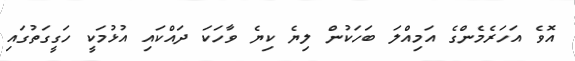
އޮވެ އަހަރެމެންގެ އަމިއްލަ ބަހަކުން ލިޔެ ކިޔެ ވާހަކަ ދައްކައި އުޅުމަކީ ހަގީގަތުގައި